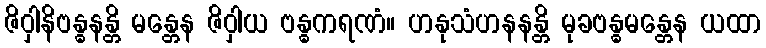
ဇိဝှါနိဗန္ဓနန္တိ မန္တေန ဇိဝှါယ ဗန္ဓကရဏံ။ ဟနုသံဟနနန္တိ မုခဗန္ဓမန္တေန ယထာ